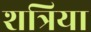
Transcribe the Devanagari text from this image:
शत्रिया